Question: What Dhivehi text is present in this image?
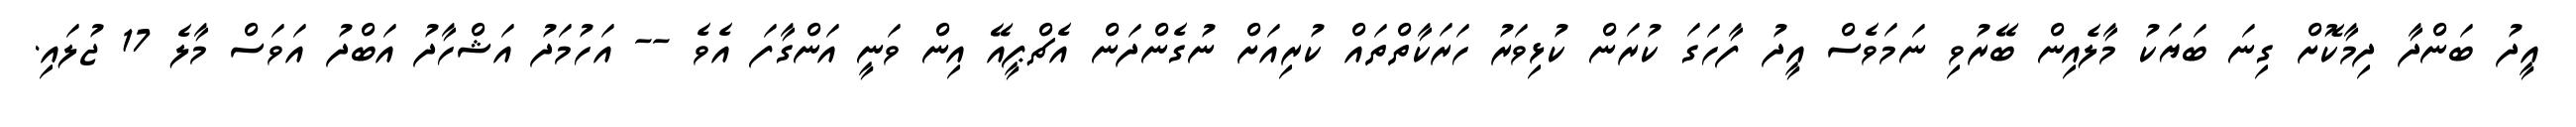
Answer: އީދު ބަންދާ ދިމާކޮށް ގިނަ ބަޔަކު މާލެއިން ބޭރުވި ނަމަވެސް އީދު ފާހަގަ ކުރަން ކުޅިވަރު ހަރަކާތްތައް ކުރިއަށް ނުގެންދަން އެޗްޕީއޭ އިން ވަނީ އަންގާފަ އެވެ -- އަހުމަދު އަޝްހާދު އަބްދު އަވަސް މާލެ 17 ޖުލައި.